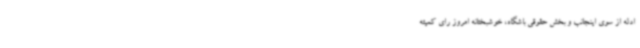
ادله از سوی اینجانب و بخش حقوقی باشگاه، خوشبختانه امروز رای کمیته